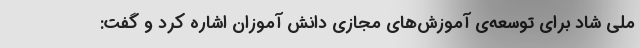
ملی شاد برای توسعه‌ی آموزش‌های مجازی دانش آموزان اشاره کرد و گفت: